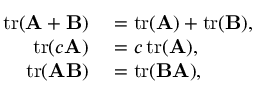
\begin{array} { r l } { \operatorname { t r } ( \mathbf { A } + \mathbf { B } ) } & { { } = \operatorname { t r } ( \mathbf { A } ) + \operatorname { t r } ( \mathbf { B } ) , } \\ { \operatorname { t r } ( c \mathbf { A } ) } & { { } = c \operatorname { t r } ( \mathbf { A } ) , } \\ { \operatorname { t r } ( \mathbf { A } \mathbf { B } ) } & { { } = \operatorname { t r } ( \mathbf { B } \mathbf { A } ) , } \end{array}